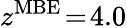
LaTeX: z^{\mathrm{MBE}}\! =\! 4.0